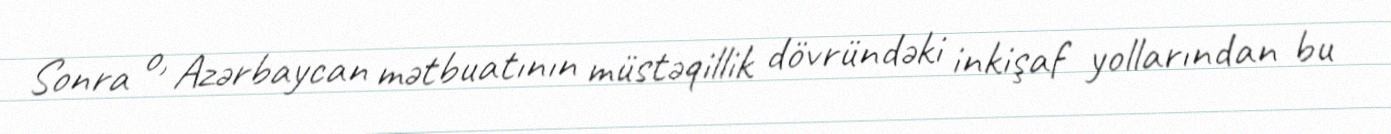
Sonra o, Azərbaycan mətbuatının müstəqillik dövründəki inkişaf yollarından bu